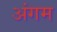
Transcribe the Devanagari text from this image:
अंगम